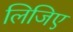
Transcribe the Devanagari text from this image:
लिजिए